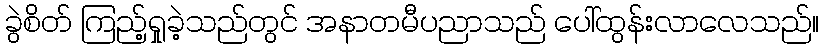
ခွဲစိတ် ကြည့်ရှုခဲ့သည်တွင် အနာတမီပညာသည် ပေါ်ထွန်းလာလေသည်။